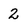
Character: 2